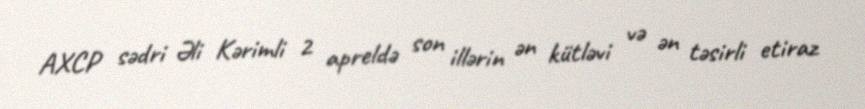
AXCP sədri Əli Kərimli 2 apreldə son illərin ən kütləvi və ən təsirli etiraz